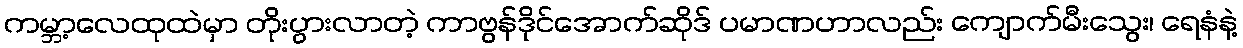
ကမ္ဘာ့လေထုထဲမှာ တိုးပွားလာတဲ့ ကာဗွန်ဒိုင်အောက်ဆိုဒ် ပမာဏဟာလည်း ကျောက်မီးသွေး၊ ရေနံနဲ့